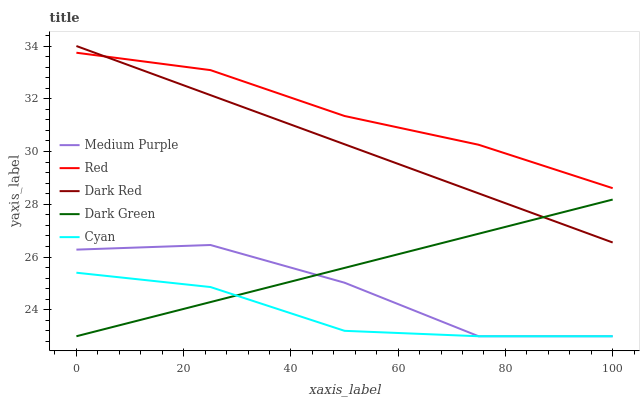
| xaxis_label | Medium Purple | Red | Dark Red | Dark Green | Cyan |
 | --- | --- | --- | --- | --- | --- |
 | 0 | 26.3 | 33.7 | 34 | 23 | 25.4 |
 | 25 | 26.5 | 33.1 | 32.1 | 24.3 | 24.9 |
 | 50 | 25 | 31.3 | 30.3 | 25.6 | 23.2 |
 | 75 | 23 | 30.3 | 28.4 | 26.9 | 23 |
 | 100 | 23 | 28.6 | 26.6 | 28.2 | 23 |